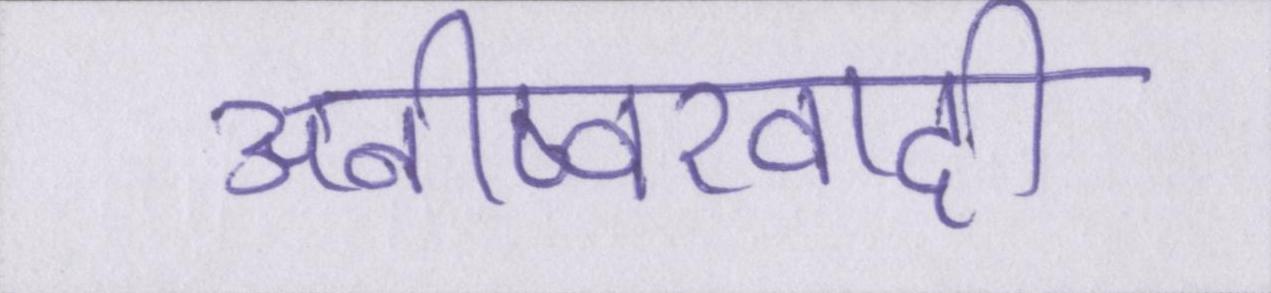
अनीष्वरवादी